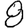
Digit: 8